Causation and prevention of malarial fevers: a statement of the results of researches drawn up for the use of assistant surgeons, hospital assistants and students
Disease focus: Malaria
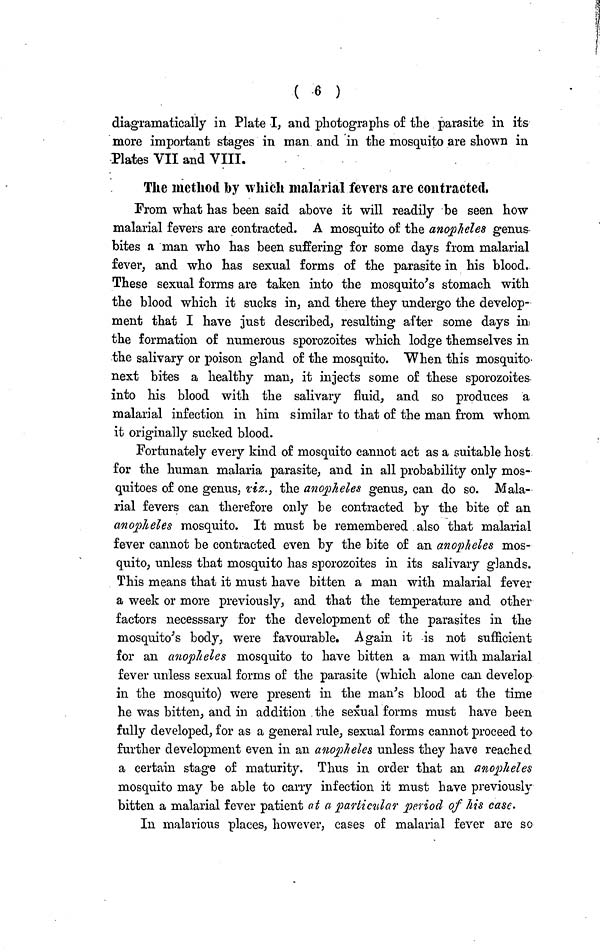
( -6 )
diagramatically in Plate I, and photographs of the parasite in its
more important stages in man and in the mosquito are shown in
Plates VII and VIII.
The method by which malarial fevers are contracted,
From what has been said above it will readily be seen how
malarial fevers are contracted. A mosquito of the anopheles genus-
bites a man who has been suffering for some days from malarial
fever, and who has sexual forms of the parasite in his blood.
These sexual forms are taken into the mosquito's stomach with
the blood which it sucks in, and there they undergo the develop-
ment that I have just described, resulting after some days in
the formation of numerous sporozoites which lodge themselves in
the salivary or poison gland of the mosquito. When this mosquito
next bites a healthy man, it injects some of these sporozoites
into his blood with the salivary fluid, and so produces a
malarial infection in him similar to that of the man from whom
it originally sucked blood.
Fortunately every kind of mosquito cannot act as a suitable host
for the human malaria parasite, and in all probability only mos-
quitoes of one genus, viz., the anopheles genus, can do so. Mala-
rial fevers can therefore only be contracted by the bite of an
anopheles mosquito. It must be remembered also that malarial
fever cannot be contracted even by the bite of an anopheles mos-
quito, unless that mosquito has sporozoites in its salivary glands.
This means that it must have bitten a man with malarial fever
a week or more previously, and that the temperature and other
factors necesssary for the development of the parasites in the
mosquito's body, were favourable. Again it is not sufficient
for an anopheles mosquito to have bitten a man with malarial
fever unless sexual forms of the parasite (which alone can develop
in the mosquito) were present in the man's blood at the time
he was bitten, and in addition the sexual forms must have been
fully developed, for as a general rule, sexual forms cannot proceed to
further development even in an anopheles unless they have reached
a certain stage of maturity. Thus in order that an anopheles
mosquito may be able to carry infection it must have previously
bitten a malarial fever patient at a particular period of his case.
In malarious places, however, cases of malarial fever are so